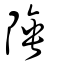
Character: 陲